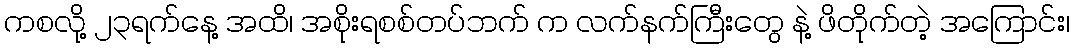
ကစလို့ ၂၃ရက်နေ့ အထိ၊ အစိုးရစစ်တပ်ဘက် က လက်နက်ကြီးတွေ နဲ့ ဖိတိုက်တဲ့ အကြောင်း၊